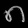
Digit: ၈